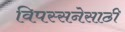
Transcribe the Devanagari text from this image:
विपस्सनेसाठी